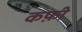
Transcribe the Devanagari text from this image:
कफ़ी